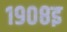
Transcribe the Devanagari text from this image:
१९०८इ